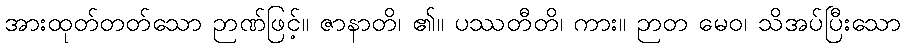
အားထုတ်တတ်သော ဉာဏ်ဖြင့်။ ဇာနာတိ၊ ၏။ ပဿတီတိ၊ ကား။ ဉာတ မေဝ၊ သိအပ်ပြီးသော